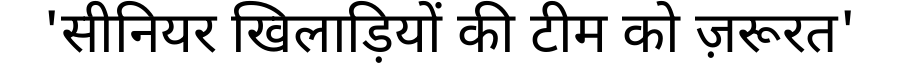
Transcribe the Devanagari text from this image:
'सीनियर खिलाड़ियों की टीम को ज़रूरत'